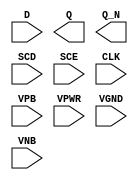
/**
 * Copyright 2020 The SkyWater PDK Authors
 *
 * Licensed under the Apache License, Version 2.0 (the "License");
 * you may not use this file except in compliance with the License.
 * You may obtain a copy of the License at
 *
 *     https://www.apache.org/licenses/LICENSE-2.0
 *
 * Unless required by applicable law or agreed to in writing, software
 * distributed under the License is distributed on an "AS IS" BASIS,
 * WITHOUT WARRANTIES OR CONDITIONS OF ANY KIND, either express or implied.
 * See the License for the specific language governing permissions and
 * limitations under the License.
 *
 * SPDX-License-Identifier: Apache-2.0
 */

`ifndef SKY130_FD_SC_MS__SDFXBP_PP_SYMBOL_V
`define SKY130_FD_SC_MS__SDFXBP_PP_SYMBOL_V

/**
 * sdfxbp: Scan delay flop, non-inverted clock, complementary outputs.
 *
 * Verilog stub (with power pins) for graphical symbol definition
 * generation.
 *
 * WARNING: This file is autogenerated, do not modify directly!
 */

`timescale 1ns / 1ps
`default_nettype none

(* blackbox *)
module sky130_fd_sc_ms__sdfxbp (
    //# {{data|Data Signals}}
    input  D   ,
    output Q   ,
    output Q_N ,

    //# {{scanchain|Scan Chain}}
    input  SCD ,
    input  SCE ,

    //# {{clocks|Clocking}}
    input  CLK ,

    //# {{power|Power}}
    input  VPB ,
    input  VPWR,
    input  VGND,
    input  VNB
);
endmodule

`default_nettype wire
`endif  // SKY130_FD_SC_MS__SDFXBP_PP_SYMBOL_V